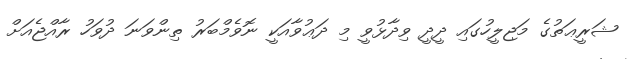
ޝަރީޢަތުގެ މަޖިލީހުގައި ދީދީ ވިދާޅުވީ މި ދަޢުވާއަކީ ނޮވެމްބަރު ތިންވަނަ ދުވަހު ރާއްޖެއަށް